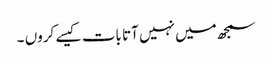
سمجھ میں نہیں آتا بات کیسے کروں ۔